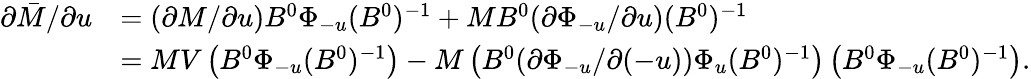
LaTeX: \begin{array}{rl}{\partial\bar{M}/\partial u}&{=(\partial M/\partial u)B^{0}\Phi_{-u}(B^{0})^{-1}+MB^{0}(\partial\Phi_{-u}/\partial u)(B^{0})^{-1}}\\ &{=MV\left(B^{0}\Phi_{-u}(B^{0})^{-1}\right)-M\left(B^{0}(\partial\Phi_{-u}/\partial(-u))\Phi_{u}(B^{0})^{-1}\right)\left(B^{0}\Phi_{-u}(B^{0})^{-1}\right).}\end{array}